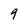
Character: 9